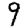
Digit: 9